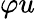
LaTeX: \varphi u